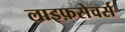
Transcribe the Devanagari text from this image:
लाइफ़सेवर्स